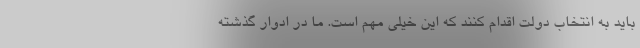
باید به انتخاب دولت اقدام کنند که این خیلی مهم است. ما در ادوار گذشته